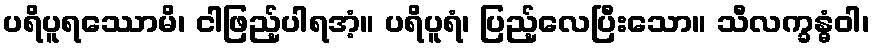
ပရိပူရဿောမိ၊ ငါဖြည့်ပါရအံ့။ ပရိပူရံ၊ ပြည့်လေပြီးသော။ သီလက္ခန္ဓံဝါ၊